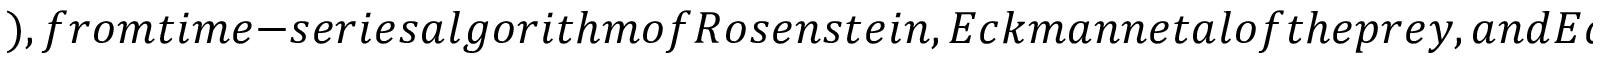
) , f r o m t i m e - s e r i e s a l g o r i t h m o f R o s e n s t e i n , E c k m a n n e t a l o f t h e p r e y , a n d E c k m a n n e t a l o f t h e p r e d a t o r , r e s p e c t i v e l y . C o d e s , t o g e t h e r w i t h a n i m a t i o n s o n p o p u l a t i o n i t e r a t i o n s , p h a s e p o r t r a i t s a n d p h a s e d i a g r a m s u n d e r d i f f e r e n t g r o w t h r a t e s , m a y b e r e t r i e v e d v i a R e f (